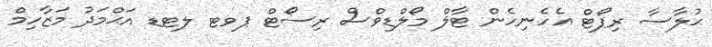
ޙުލާސާ ރިޕޯޓް އެހެނިހެން ޓާލް މޯލްޑިވްސް ރިސޯޓް ޕވޓ ލޓޑ އަޙްމަދު މަޒާހިމް